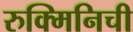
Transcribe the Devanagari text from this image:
रुक्मिनिची